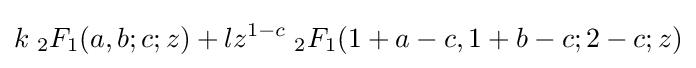
k\;{}_{2}F_{1}(a,b;c;z)+lz^{1-c}\;{}_{2}F_{1}(1+a-c,1+b-c;2-c;z)